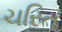
ચરિત